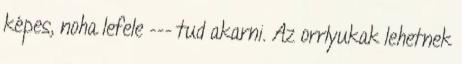
képes, noha lefele --- tud akarni. Az orrlyukak lehetnek